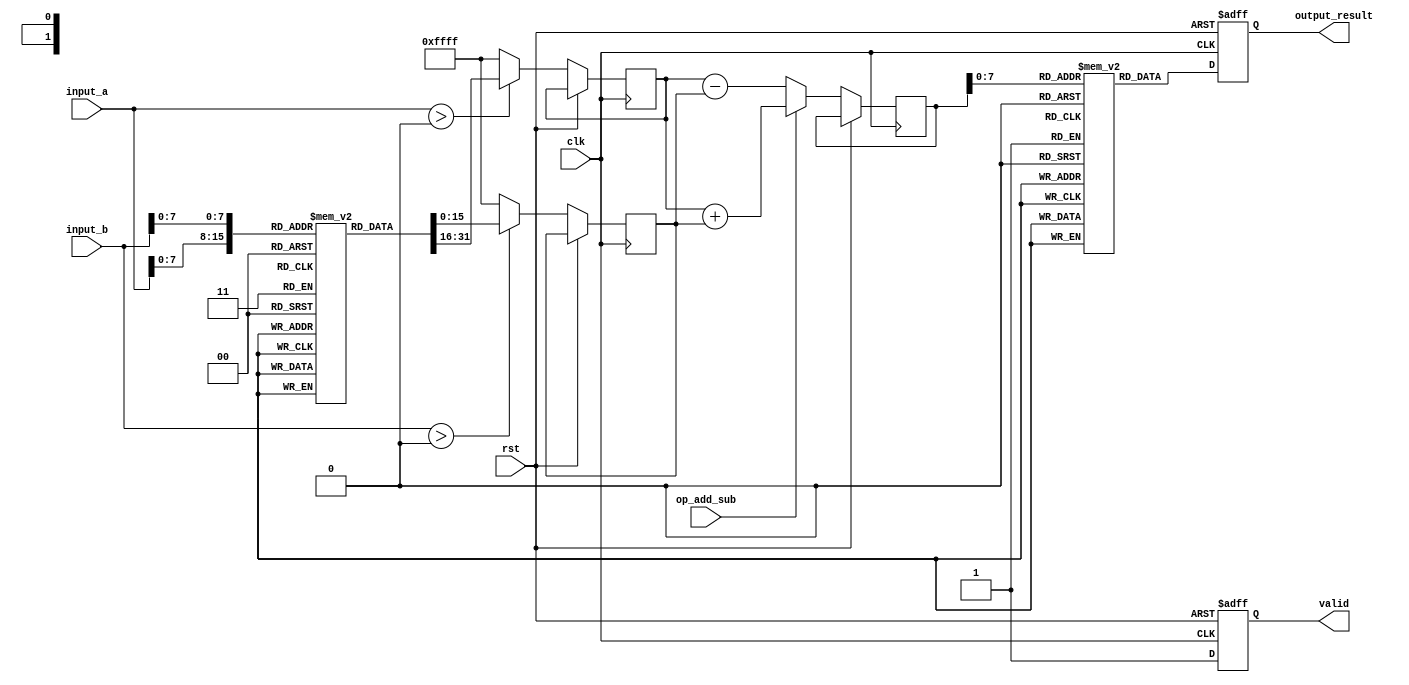
module LogarithmicDSPU (
    input wire clk,
    input wire rst,
    input wire [15:0] input_a,
    input wire [15:0] input_b,
    input wire op_add_sub, // 1 for addition, 0 for subtraction
    output reg [15:0] output_result,
    output reg valid
);
    
    // Logarithmic and Exponential converter LUT (example values)
    reg [15:0] log_lut [0:255]; // Assume an 8-bit input for LUT
    reg [15:0] exp_lut [0:255];
    
    // Initialize LUTs (this should be done properly in a separate initialization block)
    initial begin
        // Fill log_lut and exp_lut with appropriate values
        // Example: log_lut[0] = 0, log_lut[1] = 1, ..., exp_lut[0] = 1, exp_lut[1] = 2, ...
    end
    
    // Logarithmic Conversion
    function [15:0] log_conversion;
        input [15:0] value;
        begin
            if (value > 0) begin
                log_conversion = log_lut[value[7:0]]; // Example using the LUT
            end else begin
                log_conversion = 16'hFFFF; // Error for negative or zero
            end
        end
    endfunction

    // Exponential Conversion
    function [15:0] exp_conversion;
        input [15:0] value;
        begin
            exp_conversion = exp_lut[value[7:0]]; // Example using the LUT
        end
    endfunction

    // Addition/Subtraction in Logarithmic Domain
    function [15:0] add_sub_log;
        input [15:0] log_a;
        input [15:0] log_b;
        input add;
        begin
            if (add) begin
                add_sub_log = log_a + log_b; // log(a * b)
            end else begin
                add_sub_log = log_a - log_b; // log(a / b)
            end
        end
    endfunction

    // Control Logic
    reg [15:0] log_a, log_b, log_result;

    always @(posedge clk or posedge rst) begin
        if (rst) begin
            output_result <= 0;
            valid <= 0;
        end else begin
            // Step 1: Convert inputs to logarithmic domain
            log_a <= log_conversion(input_a);
            log_b <= log_conversion(input_b);

            // Step 2: Perform addition or subtraction
            log_result <= add_sub_log(log_a, log_b, op_add_sub);

            // Step 3: Convert back to linear domain
            output_result <= exp_conversion(log_result);

            // Indicate that the output is valid
            valid <= 1;
        end
    end
endmodule